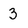
Character: 3